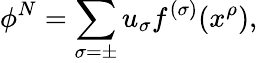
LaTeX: \phi^{N}=\sum_{\sigma=\pm}u_{\sigma}f^{(\sigma)}(x^{\rho}),